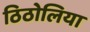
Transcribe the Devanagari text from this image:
ठिठोलिया